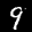
Label: 9